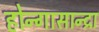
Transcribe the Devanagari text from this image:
होन्गासान्द्रा